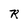
Character: R